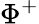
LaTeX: \Phi^{+}